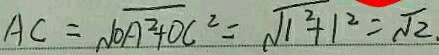
A C = \sqrt { O A ^ { 2 } + O C ^ { 2 } } = \sqrt { 1 ^ { 2 } + 1 ^ { 2 } } = \sqrt { 2 } .